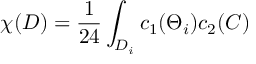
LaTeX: \chi ( D ) = \frac { 1 } { 2 4 } \int _ { D _ { i } } c _ { 1 } ( \Theta _ { i } ) c _ { 2 } ( C )